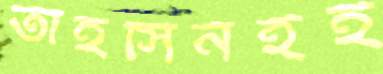
তাহসিনইই